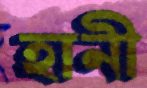
হানী